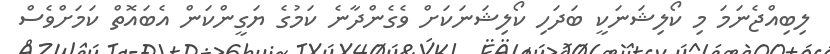
ލިބިއްޖެނަމަ މި ކޯލިޝަނަކީ ބަދަހި ކޯލިޝަނަކަށް ވެގެންދާނެ ކަމުގެ ޔަގީންކަން އެބައޮތް ކަމަށްވެސް